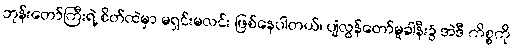
ဘုန်းတော်ကြီးရဲ့ စိတ်ထဲမှာ မရှင်းမလင်း ဖြစ်နေပါတယ်၊ ပျံလွန်တော်မူခါနီး၌ အဲဒီ ကိစ္စကို